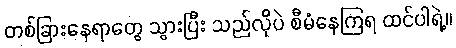
တစ်ခြားနေရာတွေ သွားပြီး သည်လိုပဲ စီမံနေကြရ ထင်ပါရဲ့။